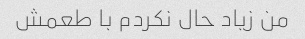
من زیاد حال نکردم با طعمش